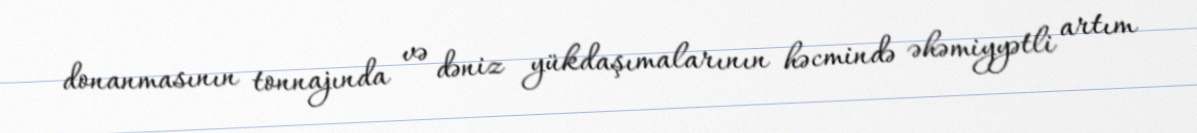
donanmasının tonnajında və dəniz yükdaşımalarının həcmində əhəmiyyətli artım